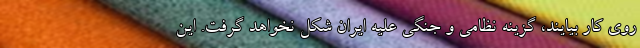
روی کار بیایند، گزینه نظامی و جنگی علیه ایران شکل نخواهد گرفت. این